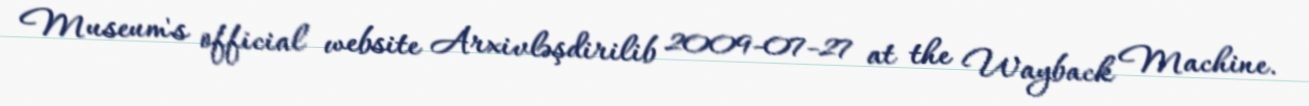
Museum's official website Arxivləşdirilib 2009-07-27 at the Wayback Machine.